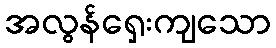
အလွန်ရှေးကျသော